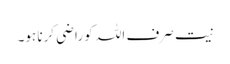
نیت صرف اللہ کو راضی کرنا ہو۔